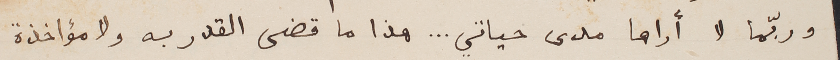
وربّما لا أراها مدى حياتي ... هذا ما قضى القدر به ولا مؤاخذة